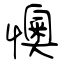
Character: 懊